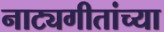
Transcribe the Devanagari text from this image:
नाट्यगीतांच्या